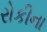
રોકીના